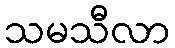
သမသီလာ